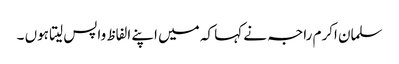
سلمان اکرم راجہ نے کہا کہ میں اپنے الفاظ واپس لیتا ہوں ۔